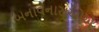
બનાવનારાઓએ